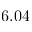
6 . 0 4